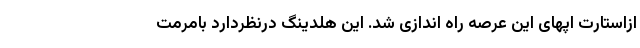
ازاستارت اپهای این عرصه راه اندازی شد. این هلدینگ درنظردارد بامرمت